Bréfritari: Sigríður Pálsdóttir
Viðtakandi: Páll Pálsson
Dagsetning: A-1855-10-01
Skrifað á: Hraungerði  Árn.
Páll var bróðir Sigríðar

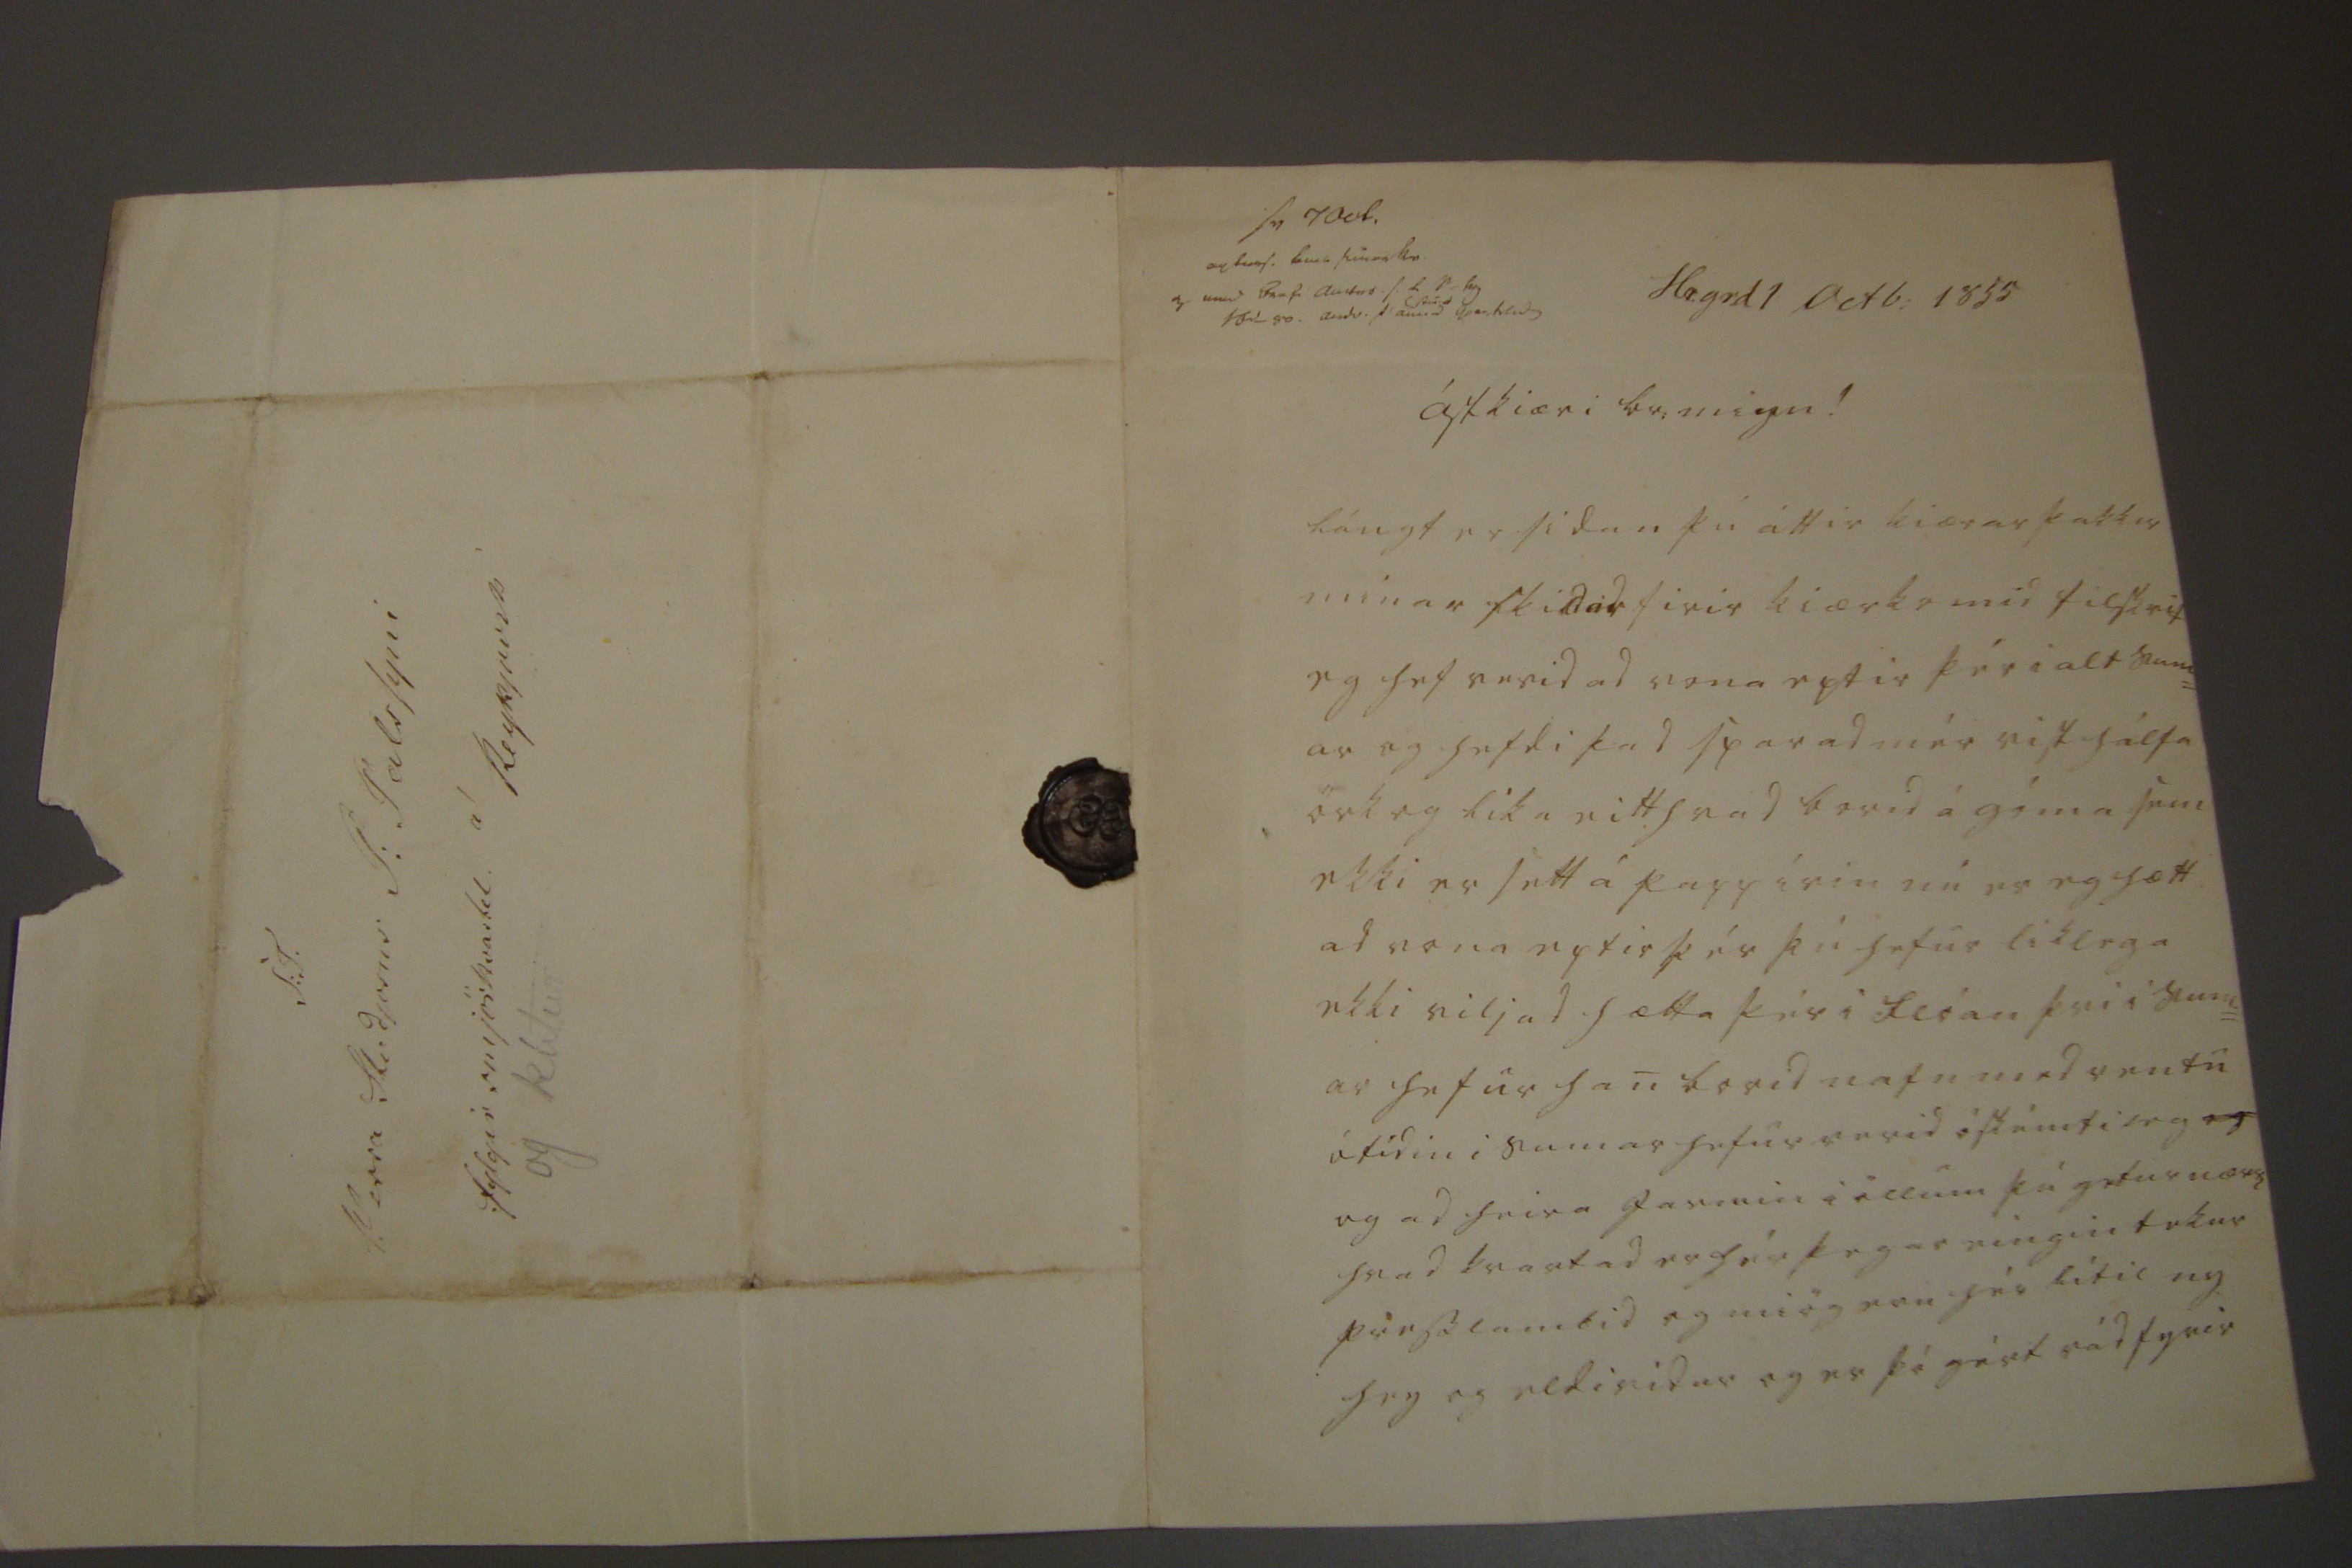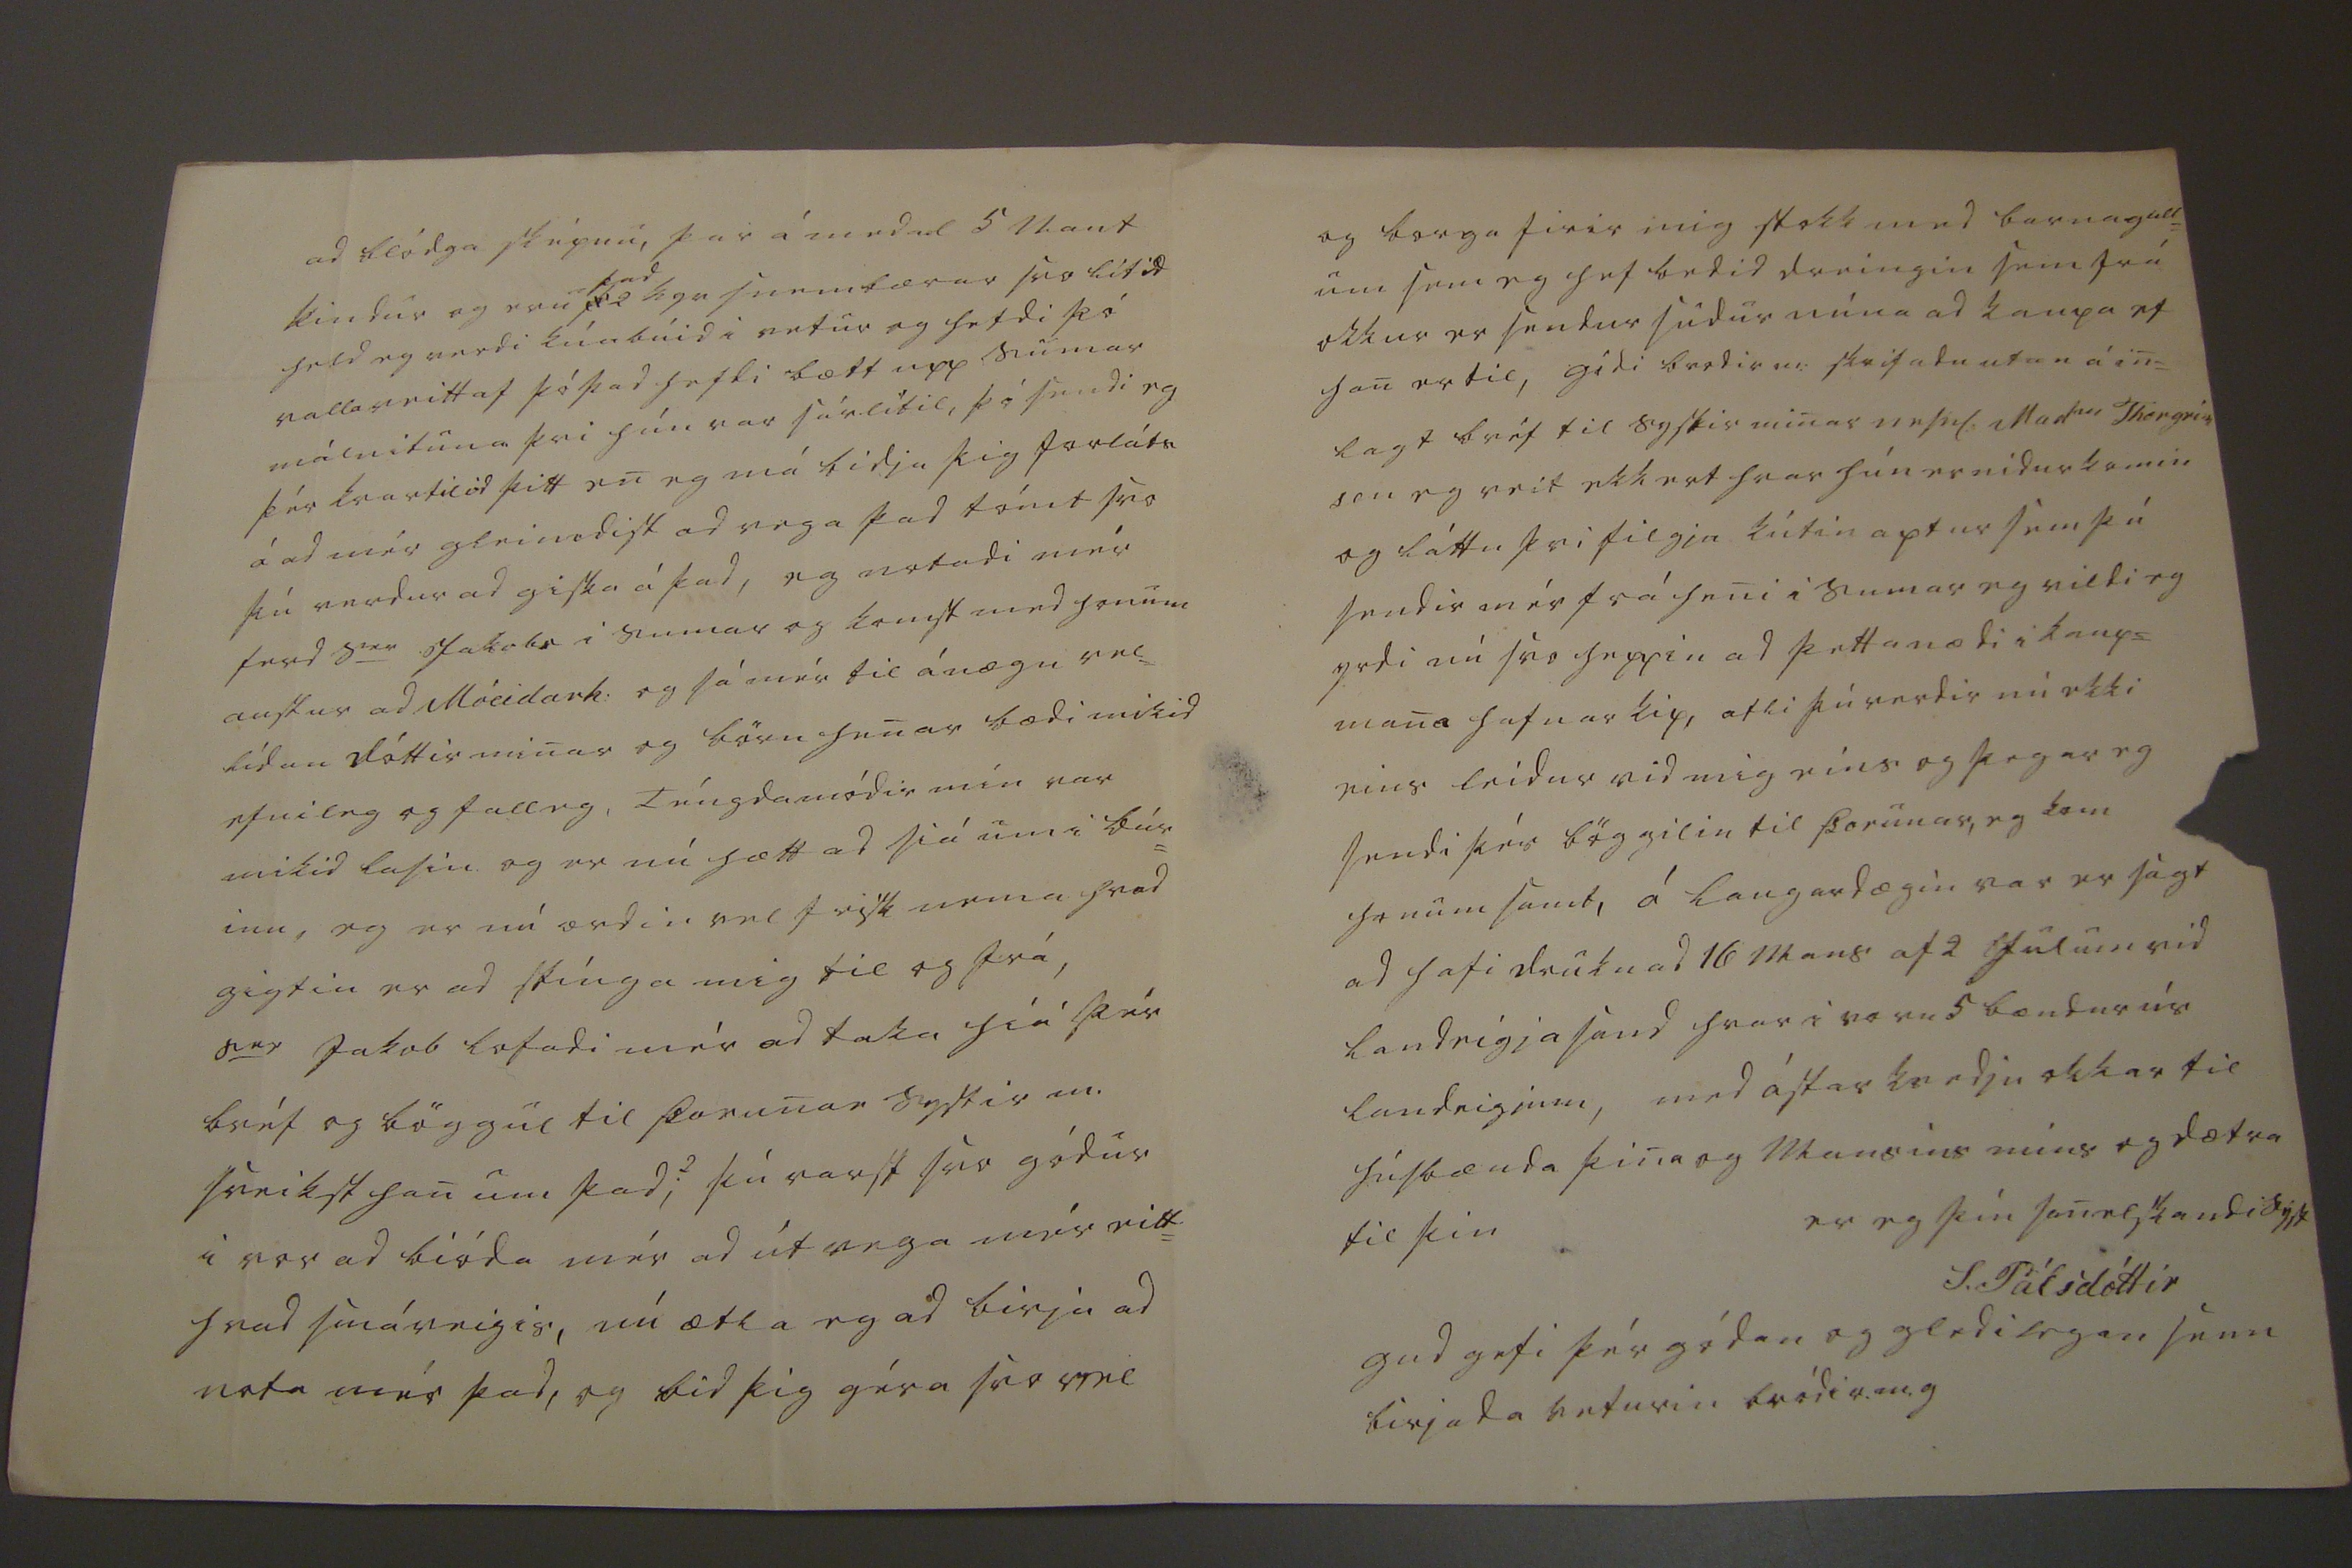

sv 7 Oct. 00 00s. 0m0 Einar kr. og med Brefi amtms. s. l S-00 10 rd so. andv. 1 ann0 R0nd qvartilid
Hr.gr.d 1 Octb: 1855
ástkæri br: minn!
lángt er sidan þú áttir kiærar þakkir minar skilid firir kiærkomid tilskrif eg hef verid ad vona eptir þér i alt sum= ar og hefdi þad sparad mér vist hálfa örk og lika eitthvad borid á góma sem ekki er sett á pappírin nú er eg hætt ad vona eptir þér þú hefur liklega ekki viljad hætta þér i Flóan þvi i sum= ar hefur han borid nafn med rentu ótídin i sumar hefur verid óskémtileg
og=
og ad heira jarmin i öllum þú getur nærri hvad kvartad er hér þegar eingin tekur presslambid og miög eru hér lítil ny hey og eldividur og er þó gért rád fyrir
ad blódga sképnu, þar á medal 5 naut kindur og eru
þad
2 kyr snembærar svo lítid held eg verdi kúabúid i vetur og hefdi þó valla veitt af þó þad hefdi bætt upp sumar málnituna þvi hún var sár.lítil, þó sendi eg þér kvartilid þitt en eg má bidja þig forláts á ad mér gleimdist ad vega þad tómt svo þú verdur ad giska á þad, eg notadi mér ferd S
er
Jakobs i sumar og komst med honum austur ad Móeidarh: og sá mér til ánægju vel= lídan dóttir minar og börn henar bædi mikid efnileg og falleg, Téngdamódir mín var mikid lasin og er nú hætt ad siá um i búr= inu, eg er nú ordin vel frisk nema hvad gigtin er ad stínga mig til og frá, S
er
Jakob lofadi mér ad taka híá þér bréf og böggul til Þorunar systir m. sveikst han um þad?, þú varst svo gódur i vor ad bióda mér ad útvega mér eitt= hvad smáveigis, nú ætla eg ad birja ad nota mér þad, og bid þig géra svo vel
og borga firir mig stokk med barnagull= um sem eg hef bedid dreingin sem frá okkur er sendur sudur núna ad kaupa ef han er til, gódi brodir m: skrifadu utan á in= lagt bréf til systir minar nefnl: Mad
m
Thorgrím son eg veit ekkert hvar hún er nidur komin og láttu þvi filgja kútin aptur sem þú sendir mér frá heni i sumar eg vildi eg yrdi nú svo heppin ad þetta nædi i kaups mana hafnarskip, atli þú verdir nú ekki eins leidur vid mig eins og þegar eg sendi þér böggilin til Þorunar, eg kom honum samt, á laugardægin var er sagt ad hafi druknad 16 mans af 2
00ulum
vid landeígjasand hvar i voru 5 bændur úr landeigjum, med ástarkvedju okkar til húsbænda þina og mansins míns og dætra til þin
er eg þín sanelskandi syst
S. Pálsdóttir
gud gefi þér gódan og gledilegan senn birjada veturin bródir.m.g
S:T. Herra Studjosus P: Pálssyni á Reykjavik fylgir smjörkvartil og kútur